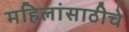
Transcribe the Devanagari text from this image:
महिलांसाठीचे